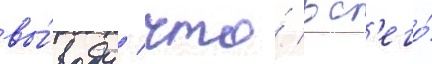
вы́воду / что́ вс'его́